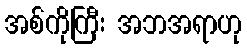
အစ်ကိုကြီး အဘအရာဟု